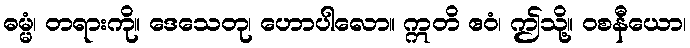
ဓမ္မံ၊ တရားကို။ ဒေသေတု၊ ဟောပါလော။ ဣတိ ဧဝံ၊ ဤသို့။ ဝစနီယော၊